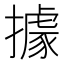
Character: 據